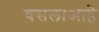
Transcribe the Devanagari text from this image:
वसलाआहे